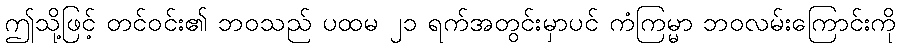
ဤသို့ဖြင့် တင်ဝင်း၏ ဘဝသည် ပထမ ၂၁ ရက်အတွင်းမှာပင် ကံကြမ္မာ ဘဝလမ်းကြောင်းကို